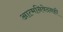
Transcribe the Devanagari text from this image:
आत्मनिवेदनही